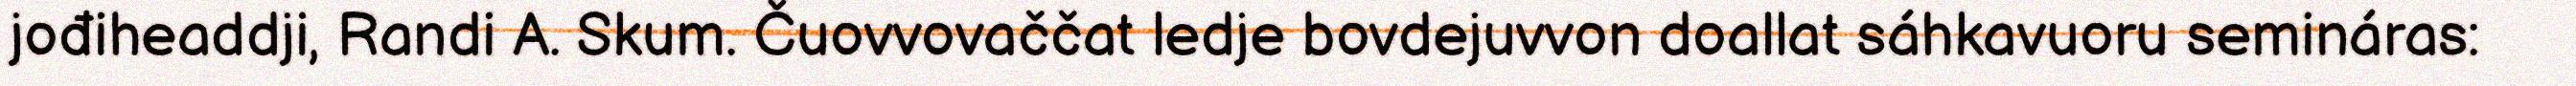
jođiheaddji, Randi A. Skum. Čuovvovaččat ledje bovdejuvvon doallat sáhkavuoru semináras: